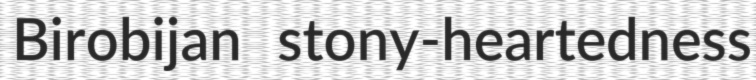
Birobijan stony-heartedness